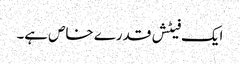
ایک فیٹش قدرے خاص ہے۔